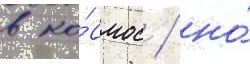
в ко́смос / но́